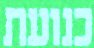
כנועת